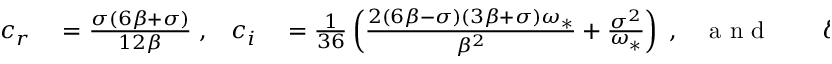
\begin{array} { r l r l r l r l } { c _ { r } } & { { } = \frac { \sigma ( 6 \beta + \sigma ) } { 1 2 \beta } \; , } & { c _ { i } } & { { } = \frac { 1 } { 3 6 } \left( \frac { 2 ( 6 \beta - \sigma ) ( 3 \beta + \sigma ) \omega _ { * } } { \beta ^ { 2 } } + \frac { \sigma ^ { 2 } } { \omega _ { * } } \right) \; , } & { \mathrm { ~ a ~ n ~ d ~ } } & { { } } & { \delta } & { { } = D - \frac { \beta D \chi } { 3 \beta + \sigma } \; . } \end{array}